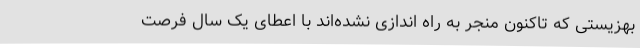
بهزیستی که تاکنون منجر به راه اندازی نشده‌اند با اعطای یک سال فرصت